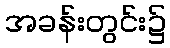
အခန်းတွင်း၌